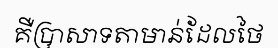
គឺប្រាសាទតាមាន់ដែលថៃ